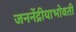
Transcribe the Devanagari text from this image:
जननेंद्रीयाभोवती